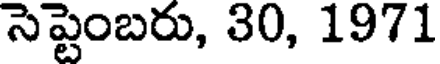
సెప్టెంబరు, 30, 1971